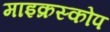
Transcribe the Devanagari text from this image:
माइक्रस्कोप